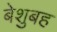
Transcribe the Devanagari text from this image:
बेशुबह